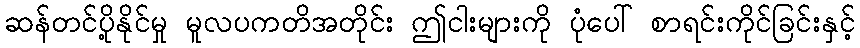
ဆန်တင်ပို့နိုင်မှု မူလပကတိအတိုင်း ဤငါးများကို ပုံပေါ် စာရင်းကိုင်ခြင်းနှင့်